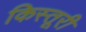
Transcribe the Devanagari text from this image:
किस्तूरी